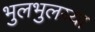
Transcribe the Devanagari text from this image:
भुलभुलय्या